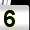
Digit: 5